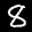
Digit: 8